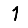
Digit: 1